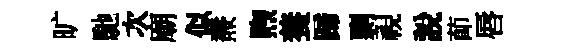
旷馳次廟似燾煦養蹄剽視說莭唇